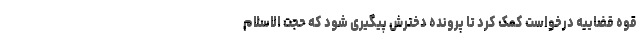
قوه قضاییه درخواست کمک کرد تا پرونده دخترش پیگیری شود که حجت الاسلام